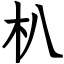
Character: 朳